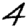
Digit: 4